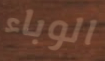
الوباء